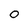
Character: O